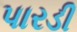
પારડી